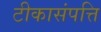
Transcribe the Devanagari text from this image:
टीकासंपत्ति